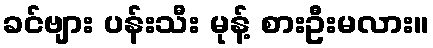
ခင်ဗျား ပန်းသီး မုန့် စားဦးမလား။